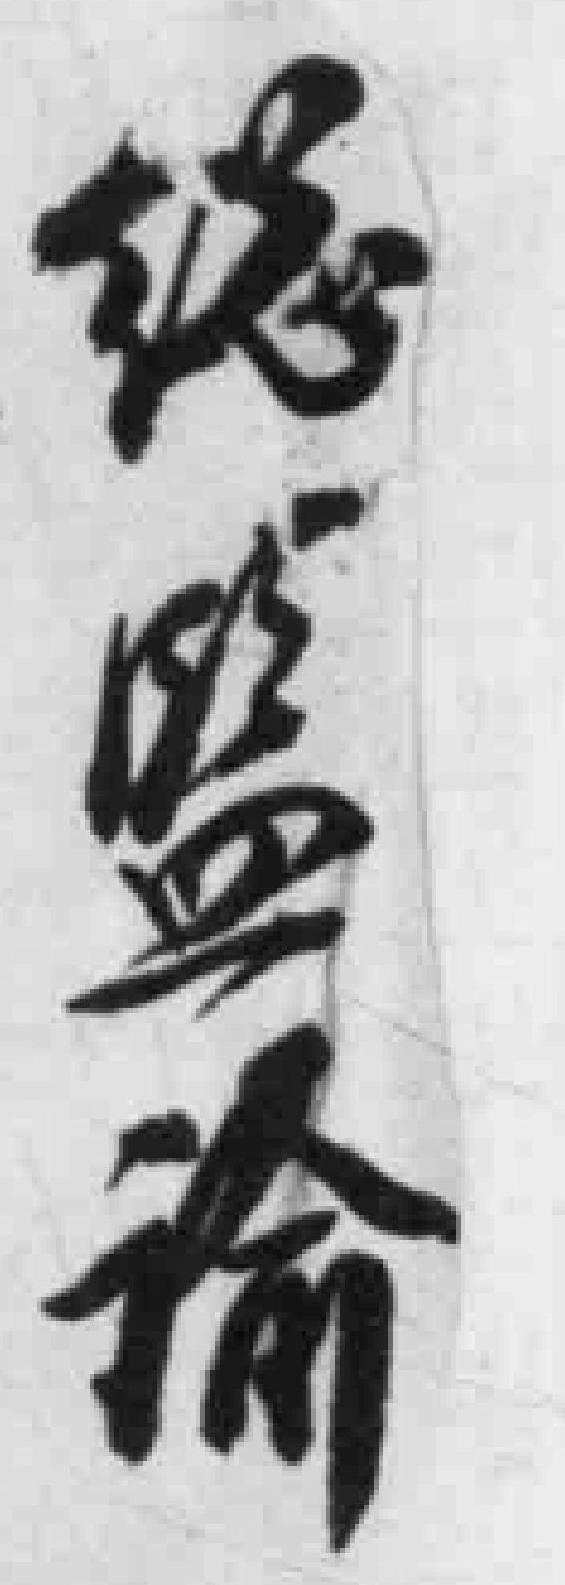
縂監谕